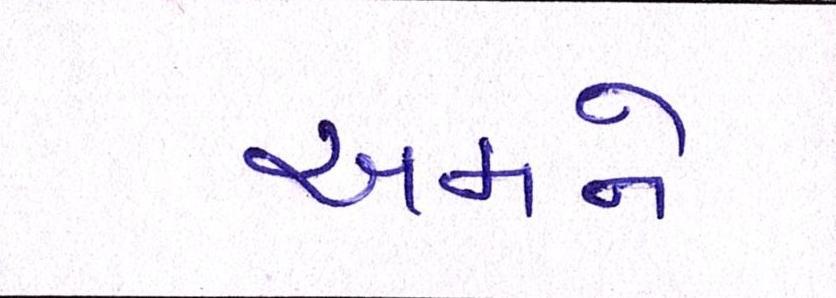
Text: અમને